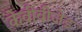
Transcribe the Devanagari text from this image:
केवीवीजेड